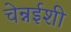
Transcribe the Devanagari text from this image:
चेन्नईशी